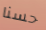
حسنا